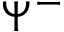
\Psi ^ { - }